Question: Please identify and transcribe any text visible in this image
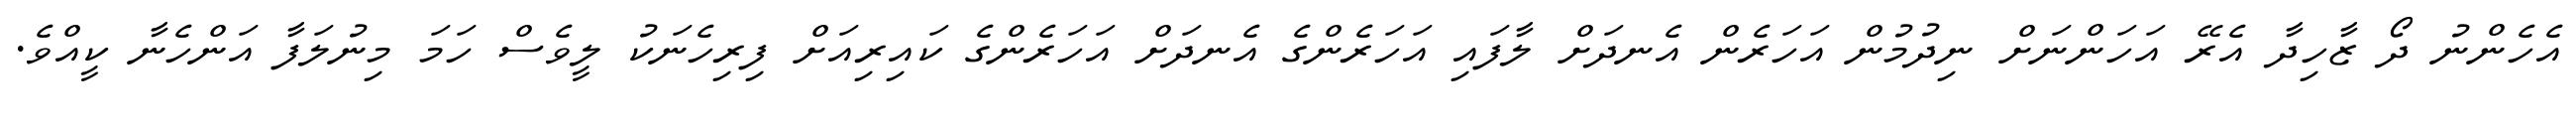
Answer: އެހެންނު ދޯ ޒާހިދާ އެރޭ އަހަންނަށް ނިދުމުން އަހަރެން އެނދަށް ލާފައި އަހަރެންގެ އެނދަށް އަހަރެންގެ ކައިރިއަށް ފިރިހެނަކު ލީވެސް ހަމަ މިނުލަފާ އަންހެނާ ކީއްވެ.